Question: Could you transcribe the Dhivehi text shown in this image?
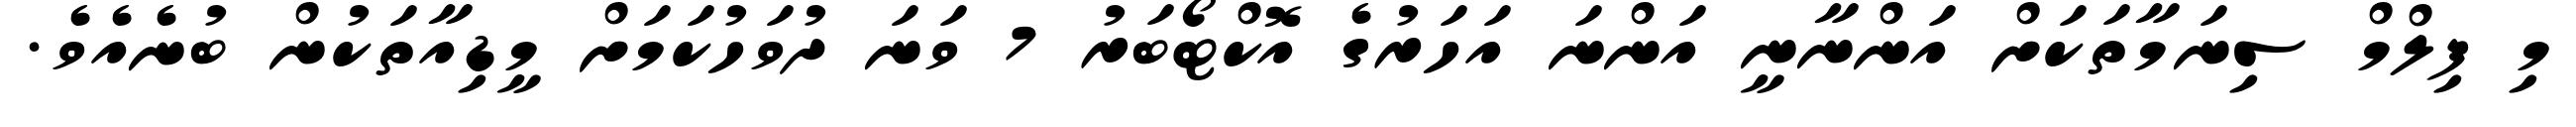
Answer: މި ފިލްމް ސިނަމާތަކަށް އަންނާނީ އަންނަ އަހަރުގެ އޮކްޓޯބަރު 7 ވަނަ ދުވަހުކަމަށް މީޑިއާތަކުން ބުނެއެވެ.